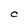
Character: C